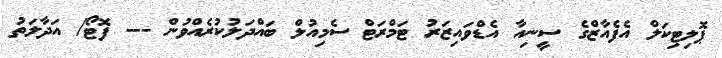
ޕޮލިޓިކަލް އެފެއާޒްގެ ސީނިއާ އެޑްވައިޒަރު ޓަމްރަޓް ސެމިއުލް ބައްދަލުކުރެއްވުން --- ފޮޓޯ/ އަދާލަތު